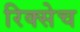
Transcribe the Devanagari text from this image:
रिक्सेच